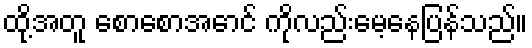
ထို့အတူ စောစောအောင် ကိုလည်းမေ့နေပြန်သည်။